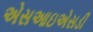
એસઆઇએસડી